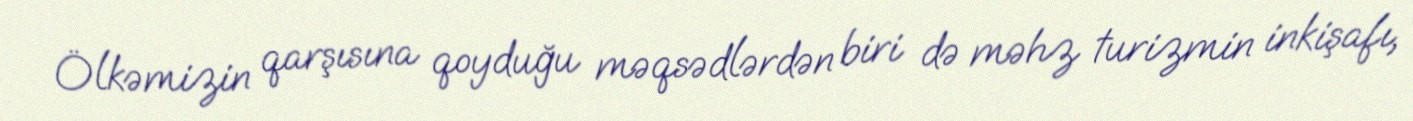
Ölkəmizin qarşısına qoyduğu məqsədlərdən biri də məhz turizmin inkişafı,